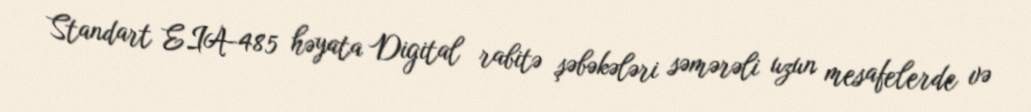
Standart EIA-485 həyata Digital rabitə şəbəkələri səmərəli uzun mesafelerde və